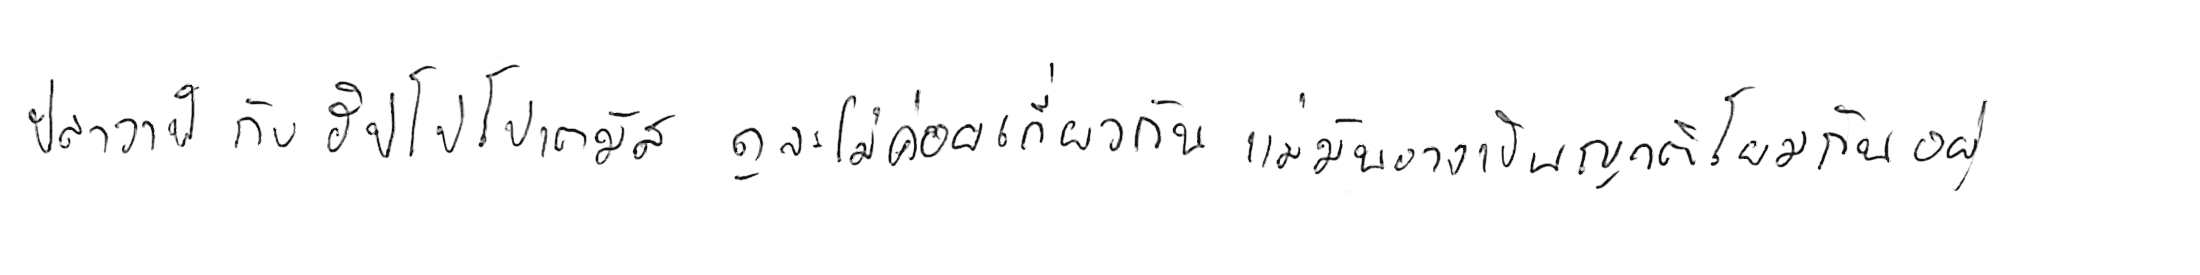
ปลาวาฬ กับ ฮิปโปโปเตมัส ดูจะไม่ค่อยเกี่ยวกัน แต่มันอาจเป็นญาติโยมกันอยู่